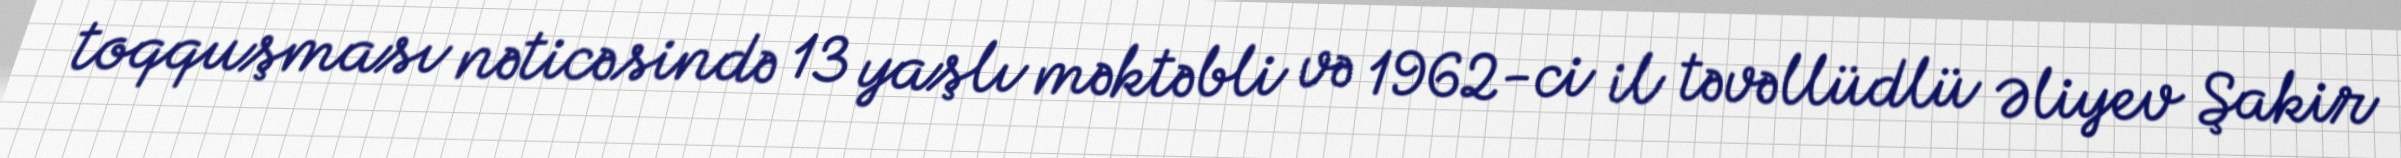
toqquşması nəticəsində 13 yaşlı məktəbli və 1962-ci il təvəllüdlü Əliyev Şakir